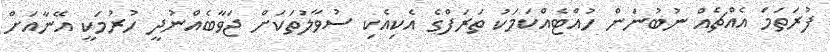
ފުރަތަމަ އެއްޗެއް ނުބުނަން ހުއްޓެއްކަމަކު ތަރަފްގެ އެކިއެކި ސުވާލުތަކަށް ޖަވާބެއްނުދީ ހުރުމަކީ އޭނާއަށް